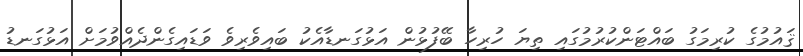
ޤައުމުގެ ކުރިމަގު ބައްޓަންކުރުމުގައި ތިޔަ ހުރިހާ ބޭފުޅުން އަޅުގަނޑާއެކު ބައިވެރިވެ ވަޑައިގެންދެއްވުމަށް އަޅުގަނޑު